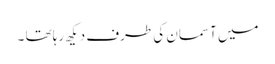
میں آسمان کی طرف دیکھ رہا تھا ۔